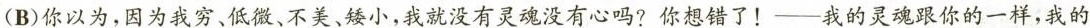
(B)你以为，因为我穷、低微、不美、矮小，我就没有灵魂没有心吗?你想错了！——我的灵魂跟你的一样，我的